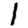
Digit: 1